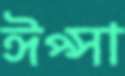
ঈপ্সা